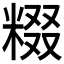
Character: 𬖤